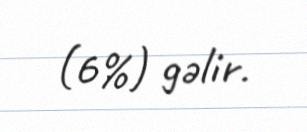
(6%) gəlir.